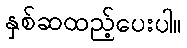
နှစ်ဆထည့်ပေးပါ။